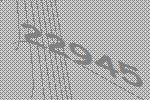
22945